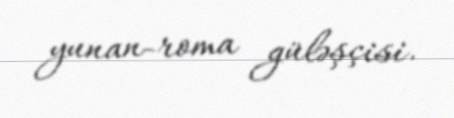
yunan-roma güləşçisi.